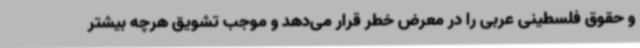
و حقوق فلسطینی عربی را در معرض خطر قرار می‌دهد و موجب تشویق هرچه بیشتر